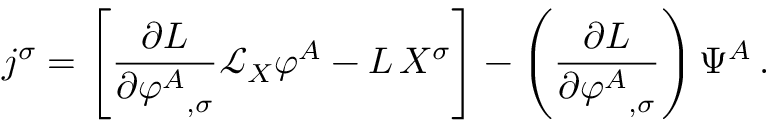
j ^ { \sigma } = \left[ { \frac { \partial L } { \partial { \varphi ^ { A } } _ { , \sigma } } } { \mathcal { L } } _ { X } \varphi ^ { A } - L \, X ^ { \sigma } \right] - \left( { \frac { \partial L } { \partial { \varphi ^ { A } } _ { , \sigma } } } \right) \Psi ^ { A } \, .